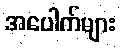
အပေါက်များ